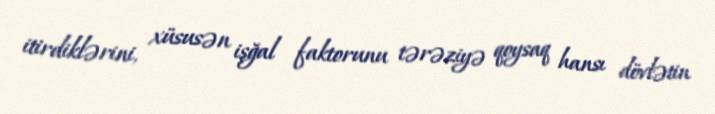
itirdiklərini, xüsusən işğal faktorunu tərəziyə qoysaq hansı dövlətin